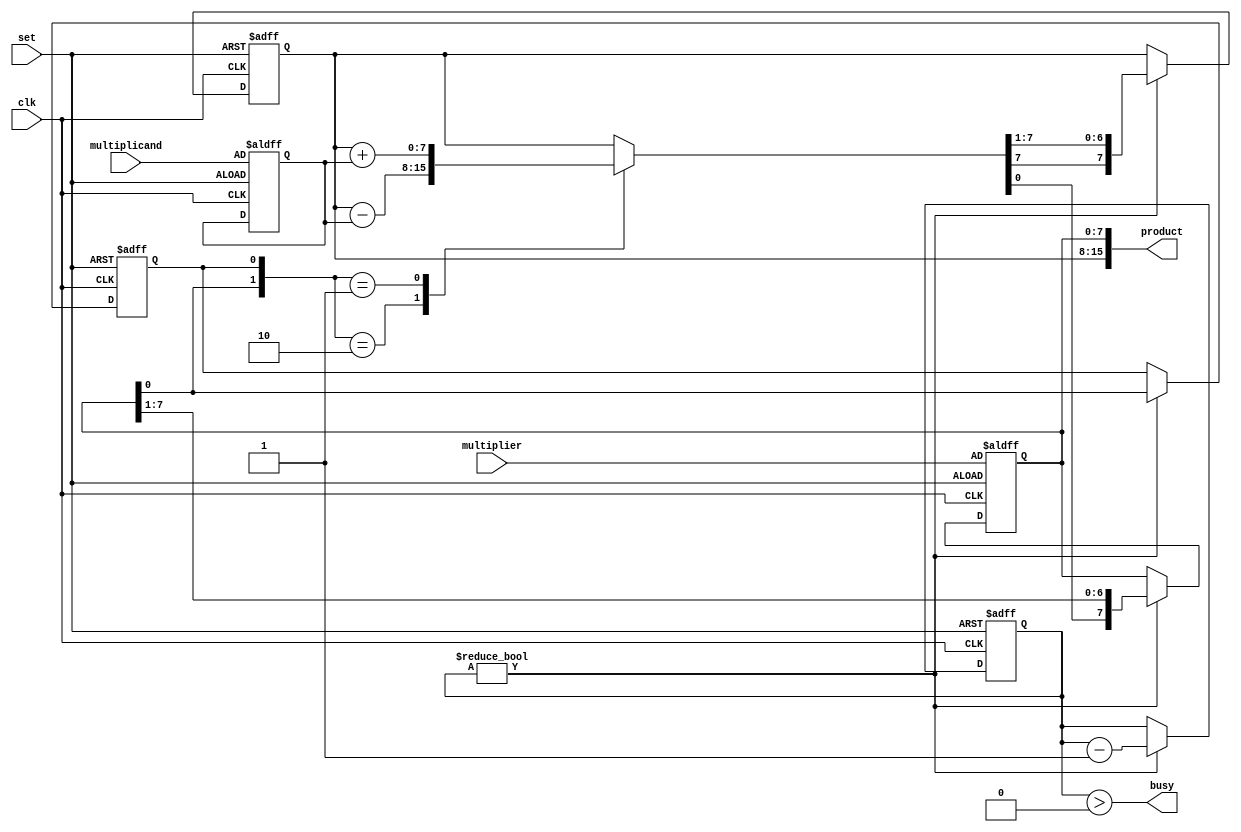
//
// booth's multiplier
//

module multiplier_nbit #(parameter DATA_WIDTH = 8)
(
  input  [DATA_WIDTH-1:0] multiplicand,
  input  [DATA_WIDTH-1:0] multiplier,
  input  clk,
  input  set,
  output busy,
  output [2*DATA_WIDTH - 1:0] product
);

  reg [DATA_WIDTH-1:0] sum_diff;

  reg Q_0;
  reg [DATA_WIDTH-1:0] Q;
  reg [DATA_WIDTH-1:0] accumulator;
  reg [DATA_WIDTH-1:0] multc;
  reg [DATA_WIDTH-1:0] counter;

  always @ (posedge clk or posedge set)
    if (set) begin
      Q <= multiplier;
      multc <= multiplicand;
      Q_0 = 'd0;
      accumulator = 'd0;
      counter = DATA_WIDTH;    
    end
    else if (counter) begin
      Q_0 <= Q[0];
      Q <= {sum_diff[0], Q[DATA_WIDTH-1:1]};
      accumulator <= $signed(sum_diff) >>> 1;
      counter <= counter - 1;
    end

  always @ (Q[0], Q_0) 
    case ({Q[0], Q_0}) 
      2'b10 : sum_diff = accumulator - multc;
      2'b01 : sum_diff = accumulator + multc;
      default : sum_diff = accumulator;
    endcase

  assign product = {accumulator, Q};
  assign busy = {counter > 0};

endmodule


/*
module add_sub_unit #(parameter DATA_WIDTH = 8)
(
  input  [DATA_WIDTH-1:0] f_operand,
  input  [DATA_WIDTH-1:0] s_operand,
  input  c_in,
  output [DATA_WIDTH-1:0] result
);

  assign result = f_operand + s_operand + c_in;

endmodule
*/